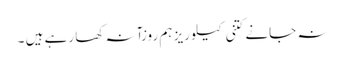
نہ جانے کتنی کیلوریز ہم روزآنہ کھا رہے ہیں ۔